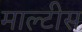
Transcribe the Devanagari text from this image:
माल्टीस